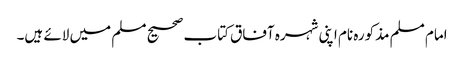
امام مسلم مذکورہ نام اپنی شہرہ آفاق کتاب صحیح مسلم میں لائے ہیں۔